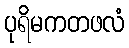
ပုရိမကတဖလံ